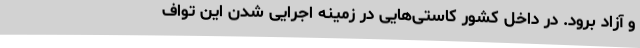
و آزاد برود. در داخل کشور کاستی‌هایی در زمینه اجرایی شدن این تواف